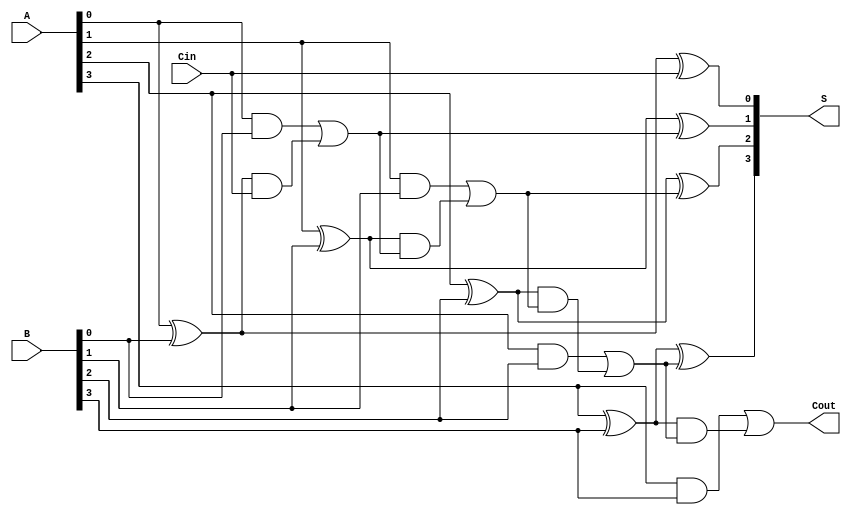
module CILA #(parameter N = 4) (
    input  [N-1:0] A,      // First binary number
    input  [N-1:0] B,      // Second binary number
    input         Cin,      // Carry-in
    output [N-1:0] S,       // Sum output
    output        Cout       // Carry-out
);
    // Intermediate signals
    wire [N-1:0] G; // Generate signals
    wire [N-1:0] P; // Propagate signals
    wire [N:0] C;    // Carry signals

    // Generate (G) and Propagate (P) signals
    genvar i;
    generate
        for (i = 0; i < N; i = i + 1) begin: gp_logic
            assign G[i] = A[i] & B[i];      // Generate
            assign P[i] = A[i] ^ B[i];      // Propagate
        end
    endgenerate

    // Carry signal calculation
    assign C[0] = Cin; // First carry is the carry-in
    generate
        for (i = 1; i <= N; i = i + 1) begin: carry_logic
            assign C[i] = G[i-1] | (P[i-1] & C[i-1]); // Carry generation
        end
    endgenerate

    // Sum calculation
    generate
        for (i = 0; i < N; i = i + 1) begin: sum_logic
            assign S[i] = P[i] ^ C[i]; // Sum bit
        end
    endgenerate

    // Carry-out
    assign Cout = C[N]; // Carry-out is the last carry

endmodule